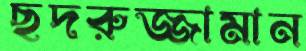
ছদরুজ্জামান